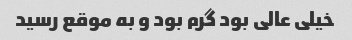
خیلی عالی بود گرم بود و به موقع رسید